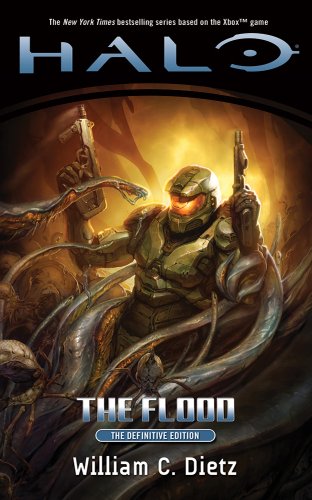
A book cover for Halo: The Flood; William C. Dietz; Science Fiction & Fantasy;